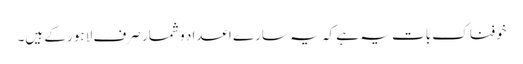
خوفناک بات یہ ہے کہ یہ سارے اعداد و شمار صرف لاہور کے ہیں۔